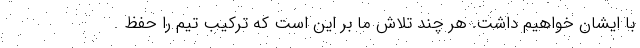
با ایشان خواهیم داشت. هر چند تلاش ما بر این است که ترکیب تیم را حفظ